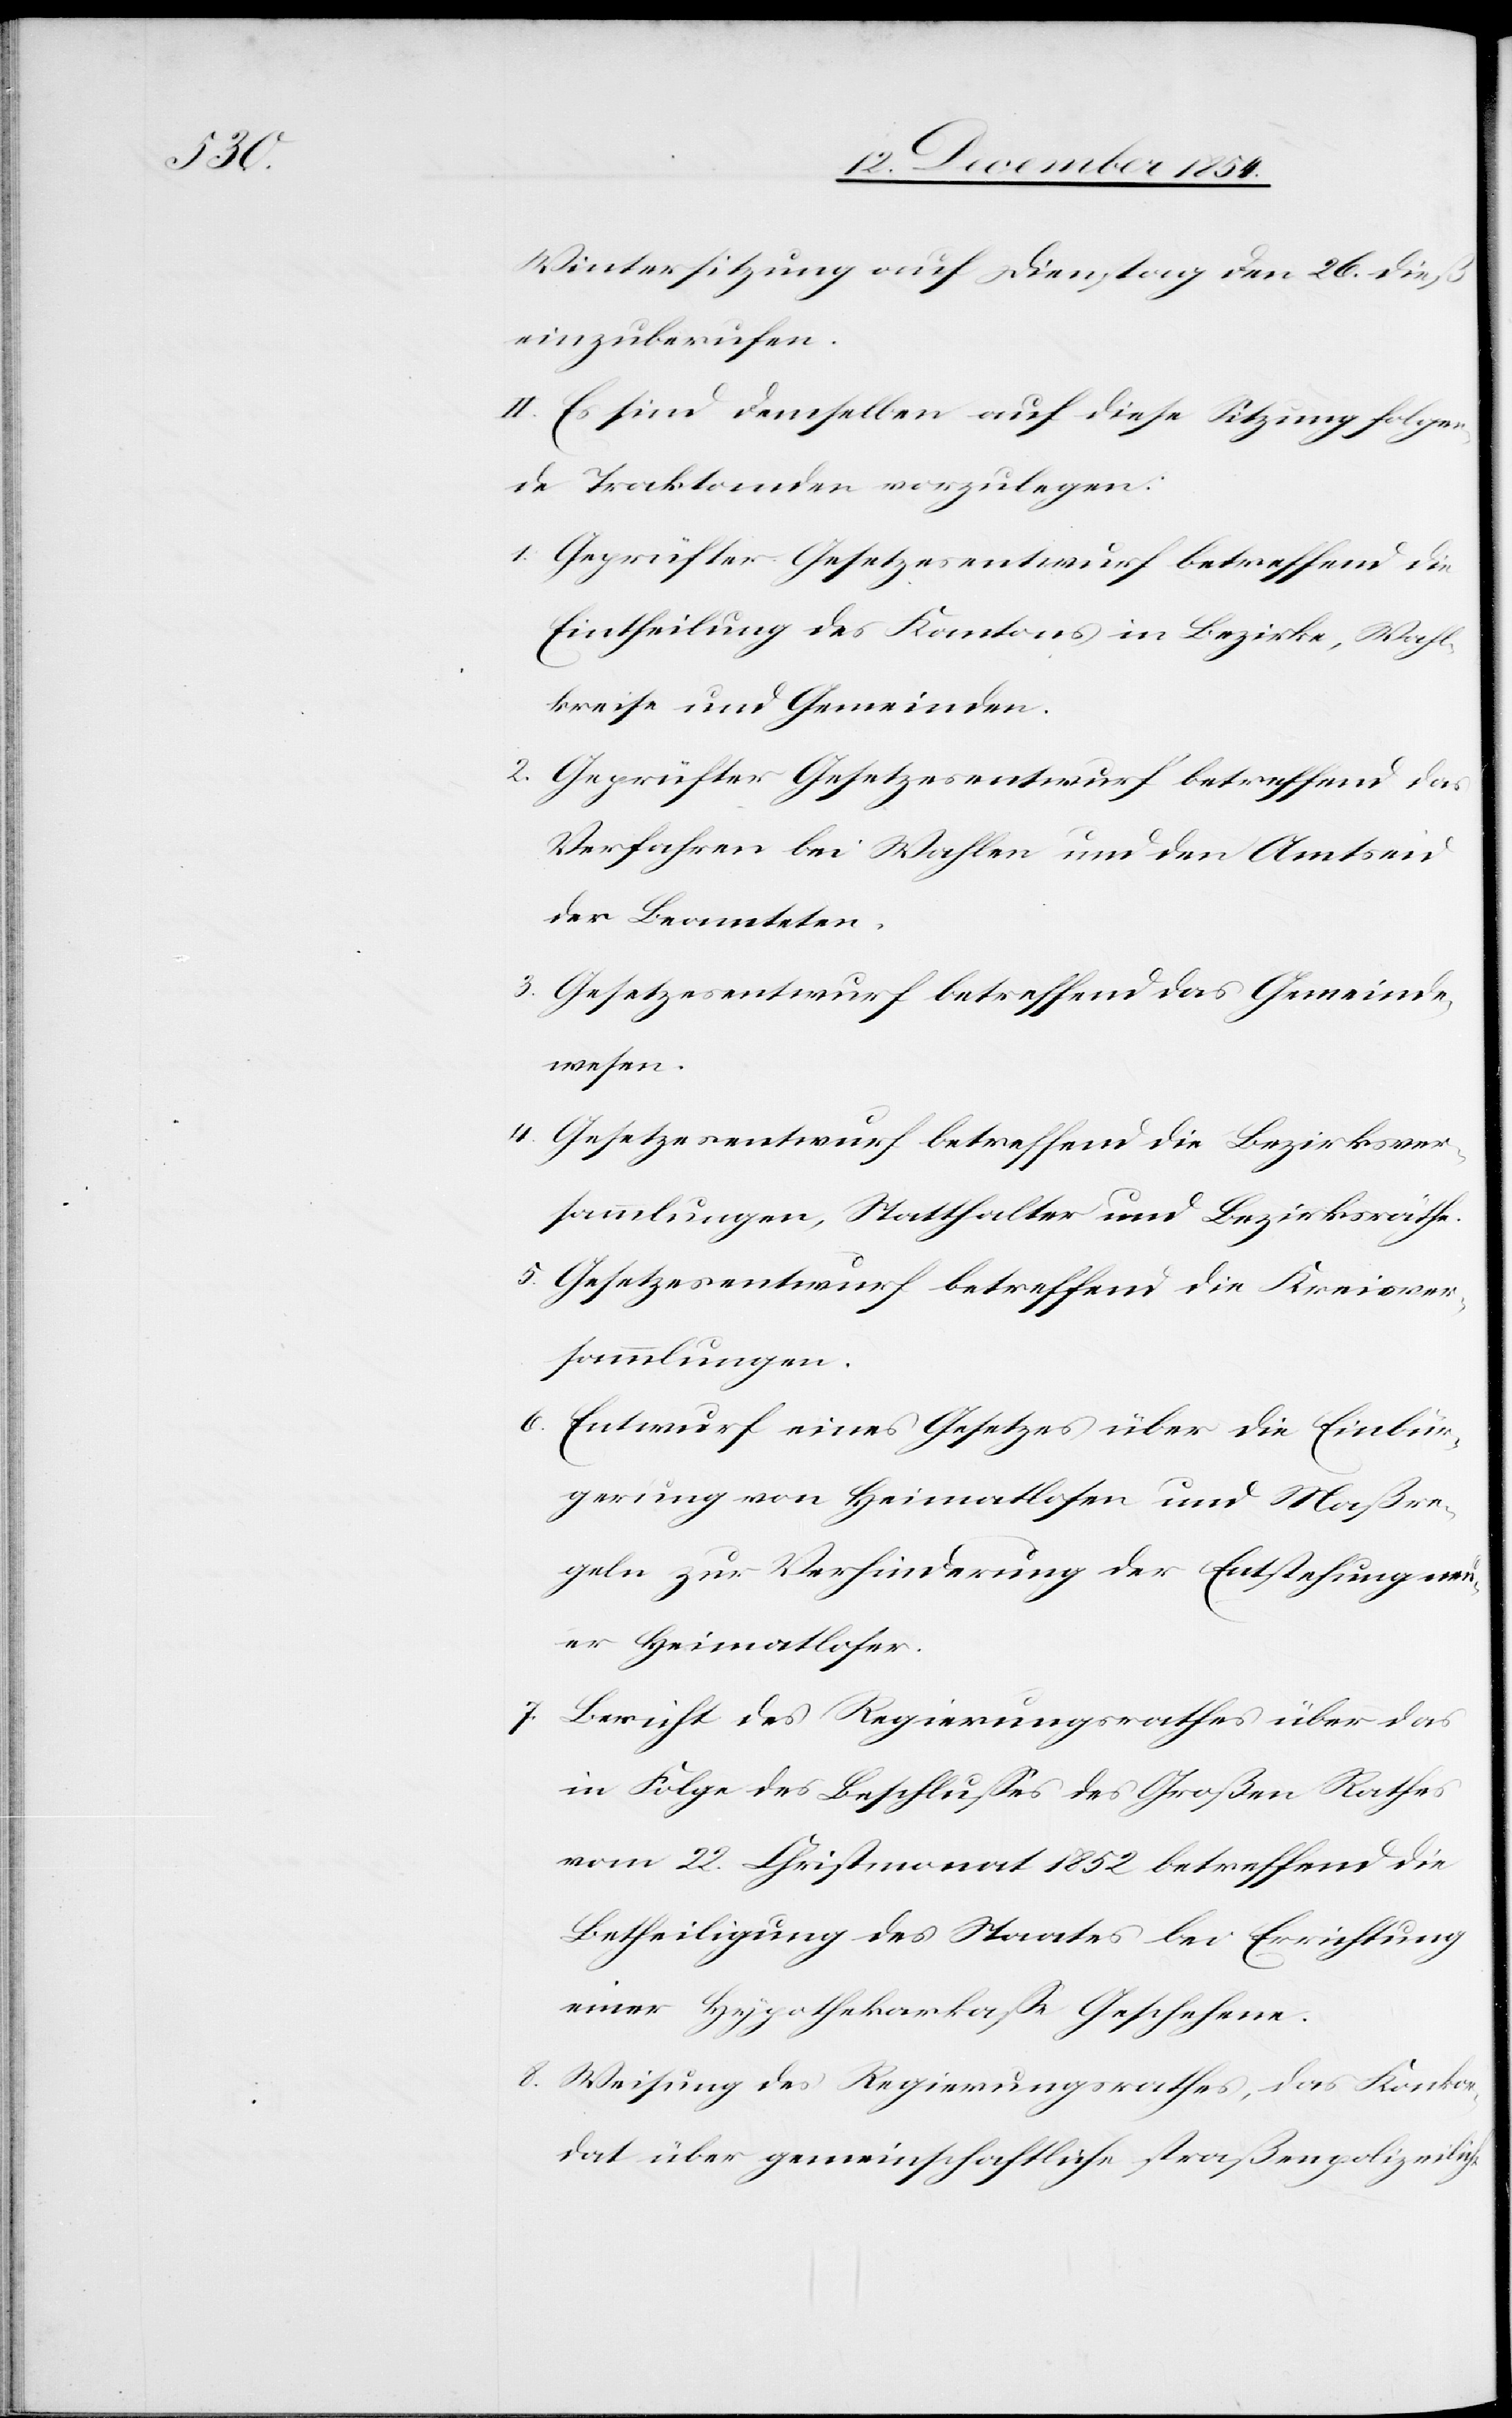
Wintersitzung auf Dienstag den 26. dieß
einzuberufen.
II. Es sind demselben auf diese Sitzung folge¬
nde Traktanden vorzulegen:
2. Geprüfter Gesetzesentwurf betreffend das
Eintheilung des Kantons in Bezirke, Wahl¬
kreise und Gemeinden.
Verfahren bei Wahlen und den Amtseid
der Beamteten.
3. Gesetzesentwurf betreffend das Gemeinde¬
wesen.
4. Gesetzesentwurf betreffend die Bezirksver¬
sammlungen, Statthalter und Bezirksräthe.
5. Gesetzesentwurf betreffend die Kreisver¬
sammlungen.
6. Entwurf eines Gesetzes über die Einbür¬
gerung von Heimatlosen und Maßre¬
geln zur Verhinderung der Entstehung neu¬
er Heimatloser.
7. Bericht des Regierungsrathes über das
in Folge des Beschlußes des Großen Rathes
vom 22. Christmonat 1852 betreffend die
Betheiligung des Staates bei Errichtung
einer Hypothekarkaße Geschehene.
8. Weisung des Regierungsrathes, das Konkor¬
dat über gemeinschaftliche straßenpolizeiliche